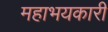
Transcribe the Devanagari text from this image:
महाभयकारी